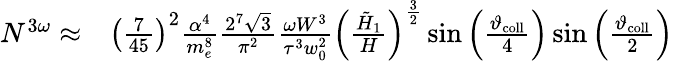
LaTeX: \begin{array}{rl}{N^{3\omega}\approx}&{{}\left(\frac{7}{45}\right)^{2}\frac{\alpha^{4}}{m_{e}^{8}}\frac{2^{7}\sqrt{3}}{\pi^{2}}\frac{\omega W^{3}}{\tau^{3}w_{0}^{2}}\left(\frac{\tilde{H}_{1}}{H}\right)^{\frac{3}{2}}\sin\left(\frac{\vartheta_{\mathrm{coll}}}{4}\right)\sin\left(\frac{\vartheta_{\mathrm{coll}}}{2}\right)}\end{array}